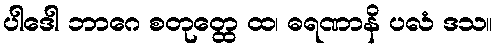
ပါဒေါ ဘာဂေ စတုတ္ထေ ထ၊ ဓရဏာနိ ပလံ ဒသ။